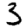
Digit: 3